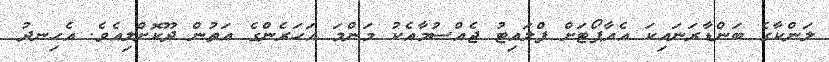
ލަންކާގެ ބަންޑާރަނައިކަ އެއާޕޯޓަށް ފްލައިޓު ޖެއްސުމާއެކު މަންމަ އަހަރެންގެ އަތުން ދޫކޮށްލިއެވެ. އެހިނދު